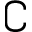
\complement